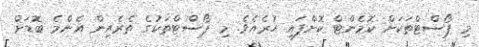
މި ޕޯސްޓްތަކަށް ކޮމެންޓް ކޮށްފައި ހުރެއެވެ. މި ޕޯސްޓްތަކުގެ ތެރެއިން އެންމެ ބޮޑަށް